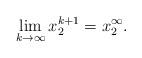
LaTeX: \begin{align*}\displaystyle \lim_{k\rightarrow \infty} x_2^{k+1} =x_2^\infty.\end{align*}